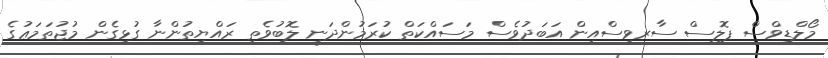
މޯލްޑިވްސް ޕޮލިސް ސާރވިސްއިން އަބަދުވެސް މަސައްކަތް ކުރަމުންދަނީ ލޮބުވެތި ރައްޔިތުންނާ ގުޅިގެން މުޖުތަމަޢުގެ